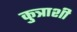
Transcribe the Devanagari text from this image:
कुत्राशी